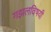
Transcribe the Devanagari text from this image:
गझलविषयी